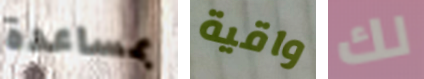
بمساعدة واقية لك